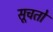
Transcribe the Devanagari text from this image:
सूचतो